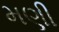
મણી